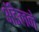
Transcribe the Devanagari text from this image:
अॅडेलने